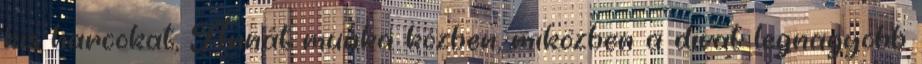
kis harcokat, Annát munka közben, miközben a divat legnagyobb